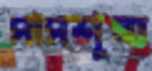
পাপশূন্য